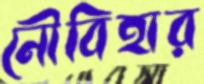
নৌবিহার